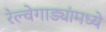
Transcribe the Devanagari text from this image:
रेल्वेगाड्यांमध्ये